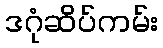
ဒဂုံဆိပ်ကမ်း